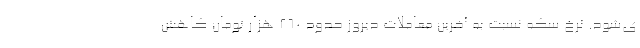
ی‌شود. نرخ سکه نسبت به آخرین معاملات دیروز حدود ۲۶۰ هزار تومان کاهش